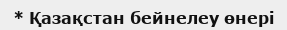
* Қазақстан бейнелеу өнері